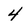
Character: 4